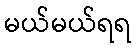
မယ်မယ်ရရ